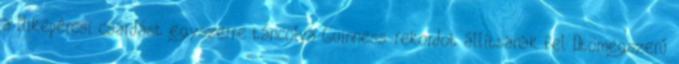
a Mikepércsi csárdást egyszerre táncolva Guinness-rekordot állítsanak fel „tömegszerű